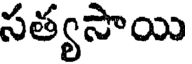
సత్యసాయి